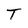
Character: T